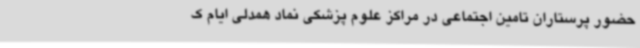
حضور پرستاران تامین اجتماعی در مراکز علوم پزشکی نماد همدلی ایام ک